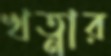
খত্নার